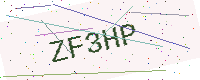
Text: ZF3HP